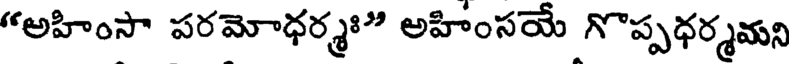
"అహింసా పరమోధర్మః" అహింసయే గొప్పధర్మమని